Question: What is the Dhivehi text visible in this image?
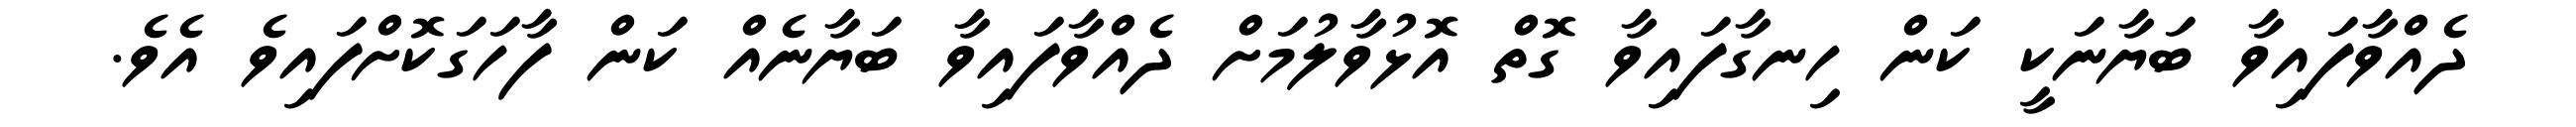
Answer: ދެއްވާފައިވާ ބަޔާނަކީ ކަން ހިނގާފައިވާ ގޮތް އޮޅުވާލުމަށް ދެއްވާފައިވާ ބަޔާނެއް ކަން ފާހަގަކޮށްފައިވެ އެވެ.